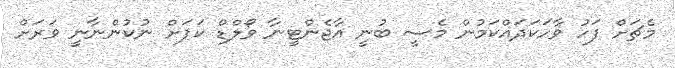
މެޗަށް ފަހު ވާހަކަދައްކަމުން މެސީ ބުނީ އާޖެންޓީނާ ވޯލްޑް ކަޕަށް ނުކުންނާނީ ވަރަށް